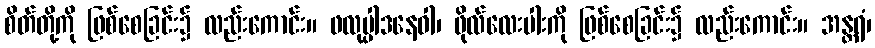
စိတ်တို့ကို ဖြစ်စေခြင်း၌ လည်းကောင်း။ ဖလုပ္ပါဒနေဝါ၊ ဖိုလ်လေးပါးကို ဖြစ်စေခြင်း၌ လည်းကောင်း။ အန္တရံ၊